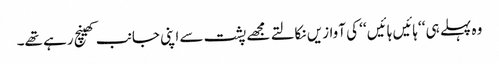
وہ پہلے ہی ‘‘ہائیں ہائیں ‘‘ کی آوازیں نکالتے مجھے پشت سے اپنی جانب کھینچ رہے تھے۔